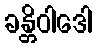
ခန္တိဝါဒေါ